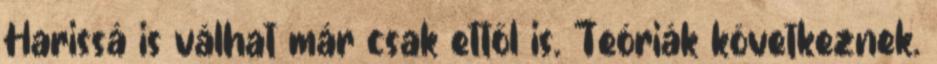
Harissá is válhat már csak ettől is. Teóriák következnek.